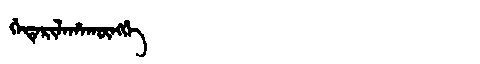
Manchu: ᡤᡝᡨᡝᡵᡳᠯᠠᡥᠠᡴᡡᠩᡤᡝ
Romanization: GETERILAHAKŪNGGE